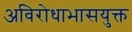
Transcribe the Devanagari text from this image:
अविरोधाभासयुक्त